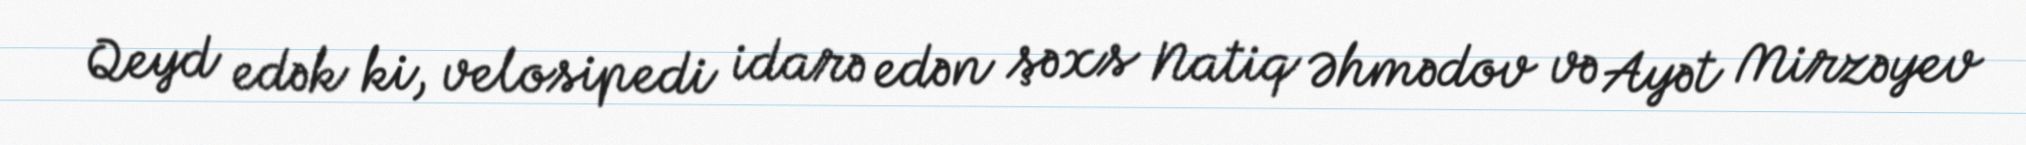
Qeyd edək ki, velosipedi idarə edən şəxs Natiq Əhmədov və Ayət Mirzəyev